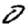
Digit: 0